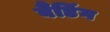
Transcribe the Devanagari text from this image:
बैंडिंग